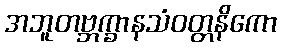
အဘူတဗ္ဘက္ခာနသံဝတ္တနိကော